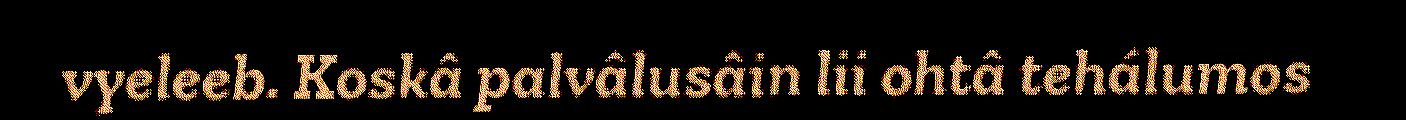
vyeleeb. Koskâ palvâlusâin lii ohtâ tehálumos